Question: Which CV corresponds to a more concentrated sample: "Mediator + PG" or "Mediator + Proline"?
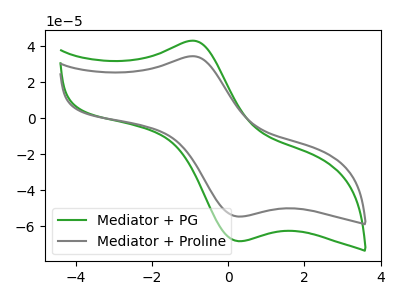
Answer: <think>The green curve "Mediator + PG" has an anodic peak at (-0.95V, 42.95uA) and a cathodic peak at (0.25V, -68.15uA). The gray curve "Mediator + Proline" has an anodic peak at (-0.95V, 34.35uA) and a cathodic peak at (0.25V, -54.50uA).
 All the peaks in "Mediator + PG" have a peak in "Mediator + Proline" at the same potential. Every peak in "Mediator + PG" is higher than every peak in "Mediator + Proline".</think>
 <answer>"Mediator + PG" has more signal than "Mediator + Proline" and so likely has a higher concentration.</answer>
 <eval>more_concentration</eval>